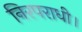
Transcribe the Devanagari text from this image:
निरपराधी।